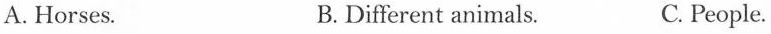
A.Horses. B.Different animals. C. People.